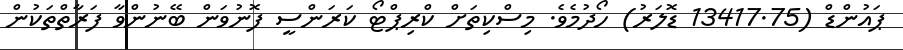
ޕައުންޑް (13417.75 ޑޮލަރު) ހޯދުމެވެ. މިސްކިތަށް ކްރިޕްޓޯ ކަރަންސީ ފޮނުވަން ބޭނުންވާ ފަރާތްތަކުން